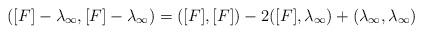
LaTeX: \begin{align*} ([F] - \lambda_\infty, [F]-\lambda_\infty) = ([F],[F]) - 2([F],\lambda_\infty) + (\lambda_\infty,\lambda_\infty) \end{align*}